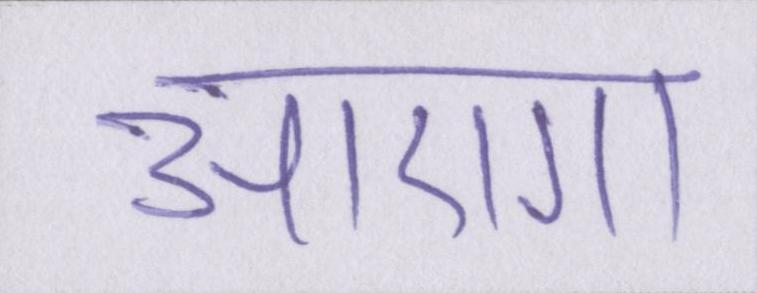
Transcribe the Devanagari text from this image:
आएगा